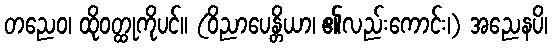
တညေဝ၊ ထိုဝတ္ထုကိုပင်။ (ဝိညာပေန္တိယာ၊ ၏လည်းကောင်း၊) အညေနပိ၊